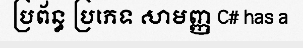
ប្រព័ន្ធ ប្រភេទ សាមញ្ញ C# has a